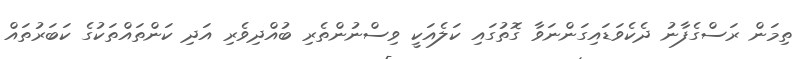
ތިމަން ރަސްގެފާނު ދެކެވަޑައިގަންނަވާ ގޮތުގައި ކަލެއަކީ ވިސްނުންތެރި ބުއްދިވެރި އަދި ކަންތައްތަކުގެ ކަބަރުތައް